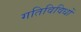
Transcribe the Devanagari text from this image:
गतिविविधों